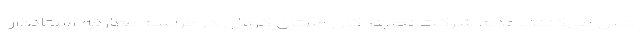
حس می‌کنند. عدم شرکت نمایندگان استان کرمان در مراسم معارفه استاندار